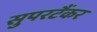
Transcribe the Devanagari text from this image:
सुपरटैंकर